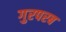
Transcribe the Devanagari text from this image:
गुरपरब